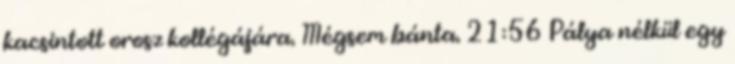
kacsintott orosz kollégájára. Mégsem bánta. 21:56 Pálya nélkül egy